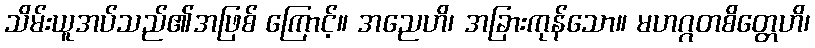
သိမ်းယူအပ်သည်၏အဖြစ် ကြောင့်။ အညေဟိ၊ အခြားကုန်သော။ မဟဂ္ဂတစိတ္တေဟိ၊